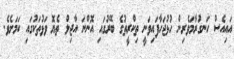
އައިއެސް ހަނގުރާމަވެރިން ހުޅުޖަހާފައިވަނީ ތިކްރީތުގެ ބޭރުގައި އޮންނަ އާޖިލް ތެޔޮ ވަޅުތަކުގައި ކަމަށެވެ.